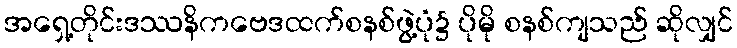
အရှေ့တိုင်းဒဿနိကဗေဒထက်စနစ်ဖွဲ့ပုံ၌ ပိုမို စနစ်ကျသည် ဆိုလျှင်